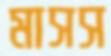
মাসস